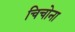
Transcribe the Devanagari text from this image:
चिचोना